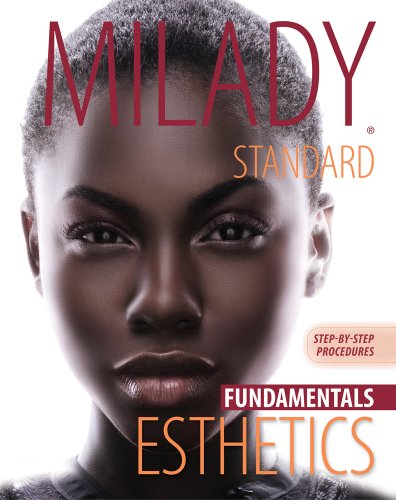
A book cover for Step-by-Step Procedures for Milady Standard Esthetics: Fundamentals; Milady; Health, Fitness & Dieting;